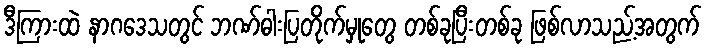
ဒီကြားထဲ နာဂဒေသတွင် ဘဏ်ဓါးပြတိုက်မှုတွေ တစ်ခုပြီးတစ်ခု ဖြစ်လာသည့်အတွက်